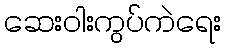
ဆေးဝါးကွပ်ကဲရေး